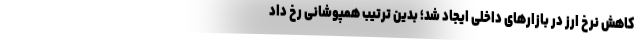
کاهش نرخ ارز در بازارهای داخلی ایجاد شد؛ بدین ترتیب همپوشانی رخ داد